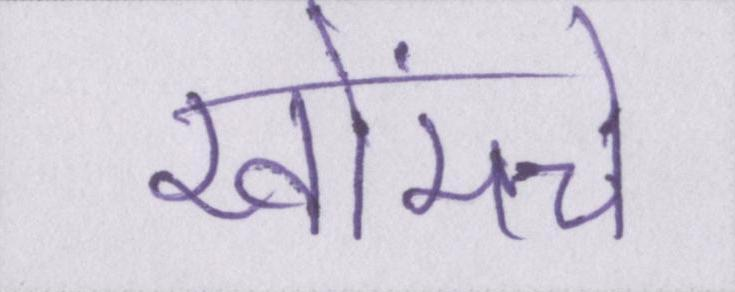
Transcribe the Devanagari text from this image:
खोंमचे